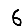
Digit: 6